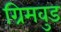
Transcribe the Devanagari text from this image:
ग्रिमवुड